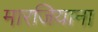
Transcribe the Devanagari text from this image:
मारजियाना